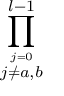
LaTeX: \prod _ { \stackrel { j = 0 } { j \neq a , b } } ^ { l - 1 }